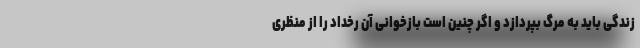
زندگی باید به مرگ بپردازد و اگر چنین است بازخوانی آن رخداد را از منظری